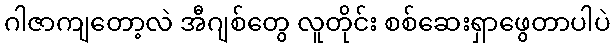
ဂါဇာကျတော့လဲ အီဂျစ်တွေ လူတိုင်း စစ်ဆေးရှာဖွေတာပါပဲ